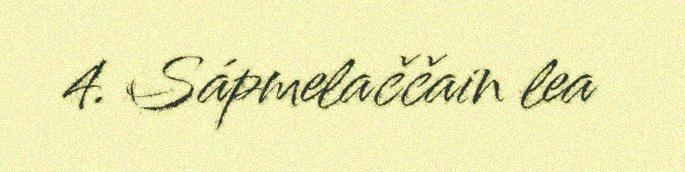
4. Sápmelaččain lea